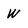
Character: W